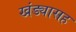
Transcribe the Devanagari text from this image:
खंड्यासह